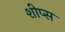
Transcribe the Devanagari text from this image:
शीप्स